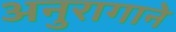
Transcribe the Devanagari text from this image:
अनुरागाने